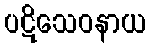
ပဋိသေဝနာယ